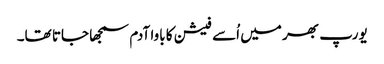
یورپ بھر میں اُسے فیشن کا باوا آدم سمجھا جاتا تھا۔